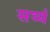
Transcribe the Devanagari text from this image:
सव्यं